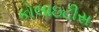
કોલાઇટીસ